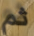
ثم